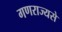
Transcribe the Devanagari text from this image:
गणराज्यसे